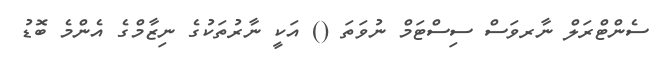
ސެންޓްރަލް ނާރވަސް ސިސްޓަމް ނުވަތަ () އަކީ ނާރުތަކުގެ ނިޒާމްގެ އެންމެ ބޮޑު